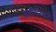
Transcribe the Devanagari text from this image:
असीनियन